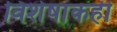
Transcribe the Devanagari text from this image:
विशेषांकही